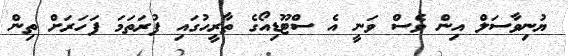
ޔުނިވާސަލް އިން ވެސް ވަނީ އެ ސްޓޫޑިއޯގެ ތާރީހުގައި ފުރަތަމަ ފަހަރަށް ތިން